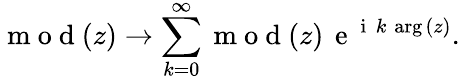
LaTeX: \mathrm{~m~o~d~}(z)\xrightarrow{}\sum_{k=0}^{\infty}{\mathrm{~m~o~d~}(z)\, \mathrm{~e~}^{\mathrm{~i~}\, k\, \arg{(z)}}}.